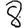
Digit: 8